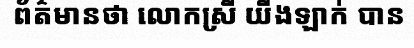
ព័ត៌មានថា លោកស្រី យីងឡាក់ បាន